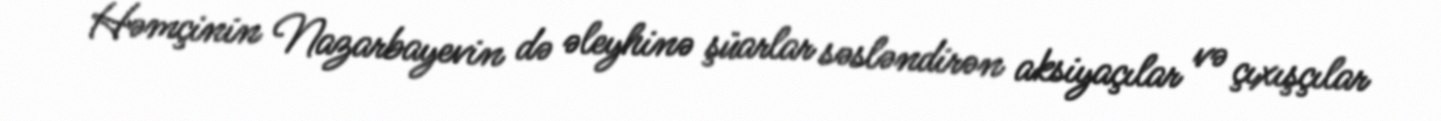
Həmçinin Nazarbayevin də əleyhinə şüarlar səsləndirən aksiyaçılar və çıxışçılar